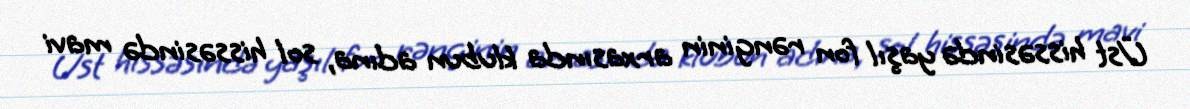
Üst hissəsində yaşıl fon rənginin arxasında klubun adına, sol hissəsində mavi